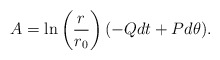
\begin{align*}A = \ln \left( \frac{r}{r_0} \right) (- Q dt + P d\theta).\end{align*}